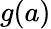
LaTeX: g(a)